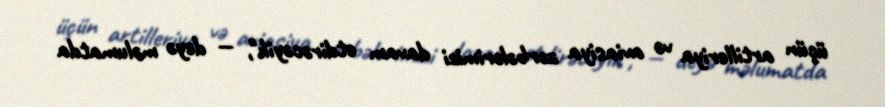
üçün artilleriya və aviasiya zərbələrimizi davam etdirəcəyik", — deyə məlumatda